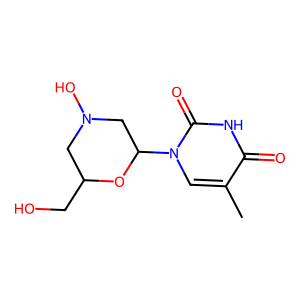
SMILES: Cc1cn(C2CN(O)CC(CO)O2)c(=O)[nH]c1=O
Inhibits HIV replication: No